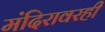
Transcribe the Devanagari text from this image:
मंदिरावरही